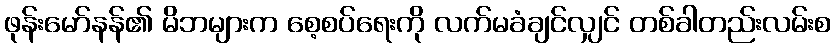
ဖုန်းမော်နန်၏ မိဘများက စေ့စပ်ရေးကို လက်မခံချင်လျှင် တစ်ခါတည်းလမ်းစ